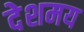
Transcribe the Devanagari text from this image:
देशमय